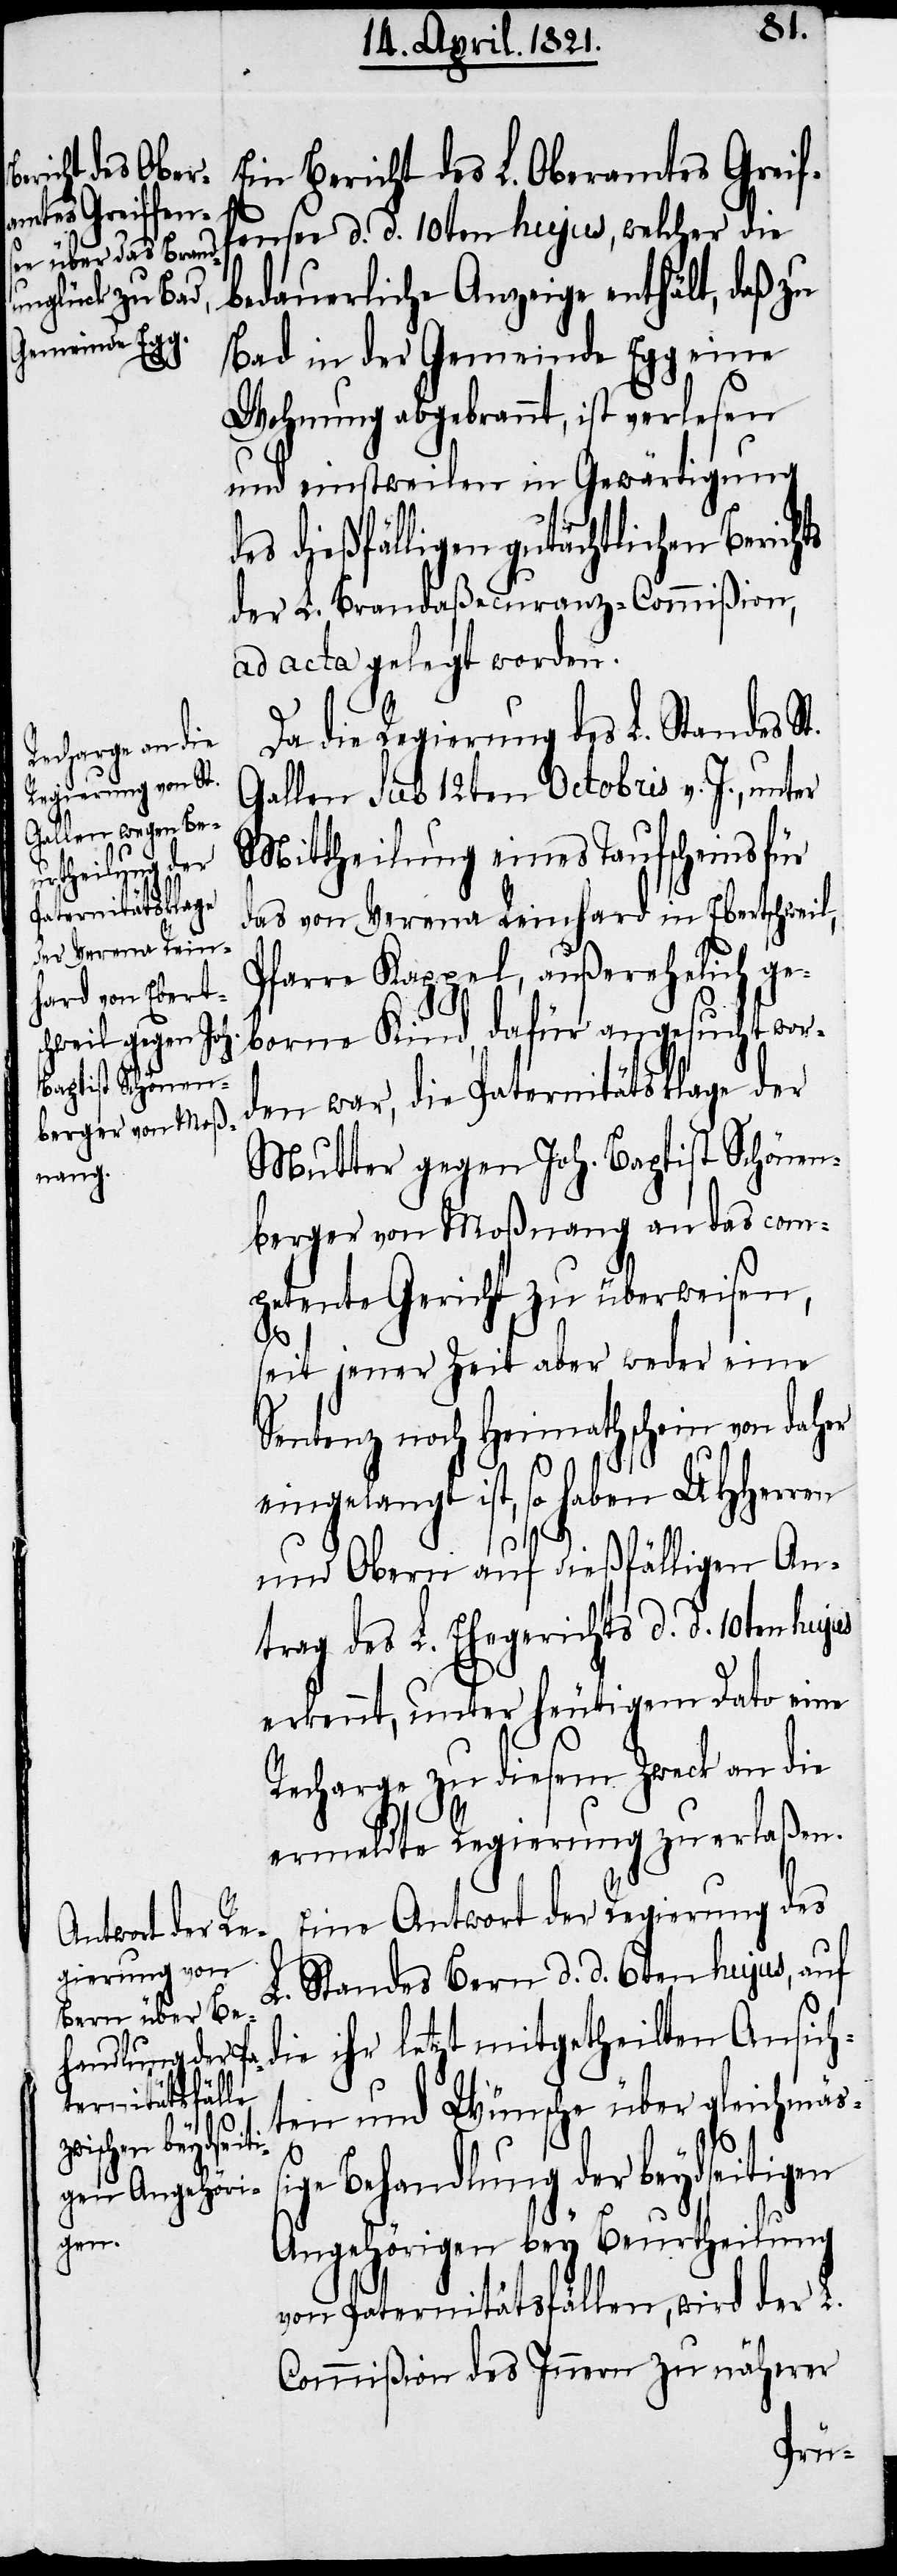
hts

Ein Bericht des L. Oberamtes Greif¬
fensee d. d. 10ten hujus, welcher die
bedauerliche Anzeige enthält, daß zu
Bad in der Gemeinde Egg eine
Wohnung abgebrannt, ist verlesen
und einstweilen in Gewärtigung
es dießfälligen gutächtlichen Beric¬
der L. Brandaßecuranz-Commißion,
ad acta gelegt worden.
Da die Regierung des L. Standes St.
Gallen sub 12ten Octobris v. J., unter
Mittheilung eines Taufscheins für
das von Verena Reinhard in Ebertschweil,
Pfarre Kappel, außerehelich ge¬
borne Kind, dafür angesucht wor¬
den war, die Paternitätsklage der
Mutter gegen Joh. Baptist Schönen¬
berger von Moßnang an das com¬
petente Gericht zu überweisen,
seit jener Zeit aber weder eine
Sentenz noch Heimathschein von daher
eingelangt ist, so haben UHHerren
und Obern auf dießfälligen An¬
trag des L. Ehegerichtes d. d. 10ten hujus
erkennt, unter heutigem Dato eine
Recharge zu diesem Zweck an die
ermeldte Regierung zu erlaßen.
Eine Antwort der Regierung des
L. Standes Bern d. d. 6ten hujus, auf
die ihr letzt mitgetheilten Ansich¬
ten und Wünsche über gleichmäß¬
ige Behandlung der beydseitigen
Angehörigen bey Beurtheilung
von Paternitätsfällen, wird der L.
Commißion des Innern zu näherer